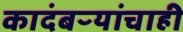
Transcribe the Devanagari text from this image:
कादंबऱ्यांचाही